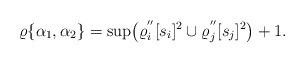
\begin{align*}\varrho\{\alpha_{1},\alpha_{2}\}=\sup\bigr{(}\varrho_{i}^{''}[s_{i}]^{2}\cup\varrho_{j}^{''}[s_{j}]^{2}\bigr{)}+1.\end{align*}